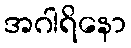
အဂါရိနော